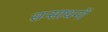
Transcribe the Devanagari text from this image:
सन्साधनों